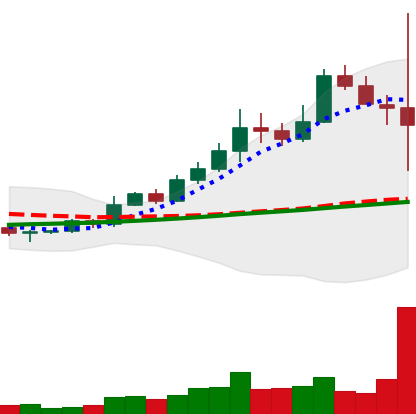
Ticker: BNB-USD
Chart end date: 2022-11-08
Forward return: -15.597%
Label: down_7plus